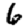
Digit: 6